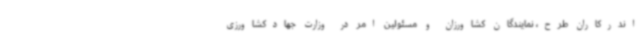
اندرکاران طرح، نمایندگان کشاورزان و مسئولین امر در وزارت جهادکشاورزی